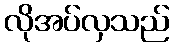
လိုအပ်လှသည်